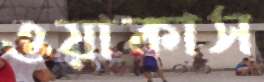
ওয়াকাস